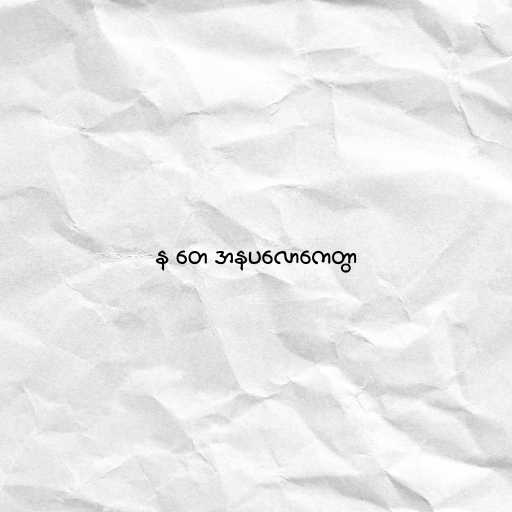
န တေ အနပလောကေတွာ